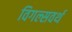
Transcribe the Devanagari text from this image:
विगल्सवर्थ